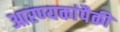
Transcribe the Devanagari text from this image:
आरण्यकांपैकी